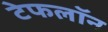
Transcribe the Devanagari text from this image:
टेफलॉन